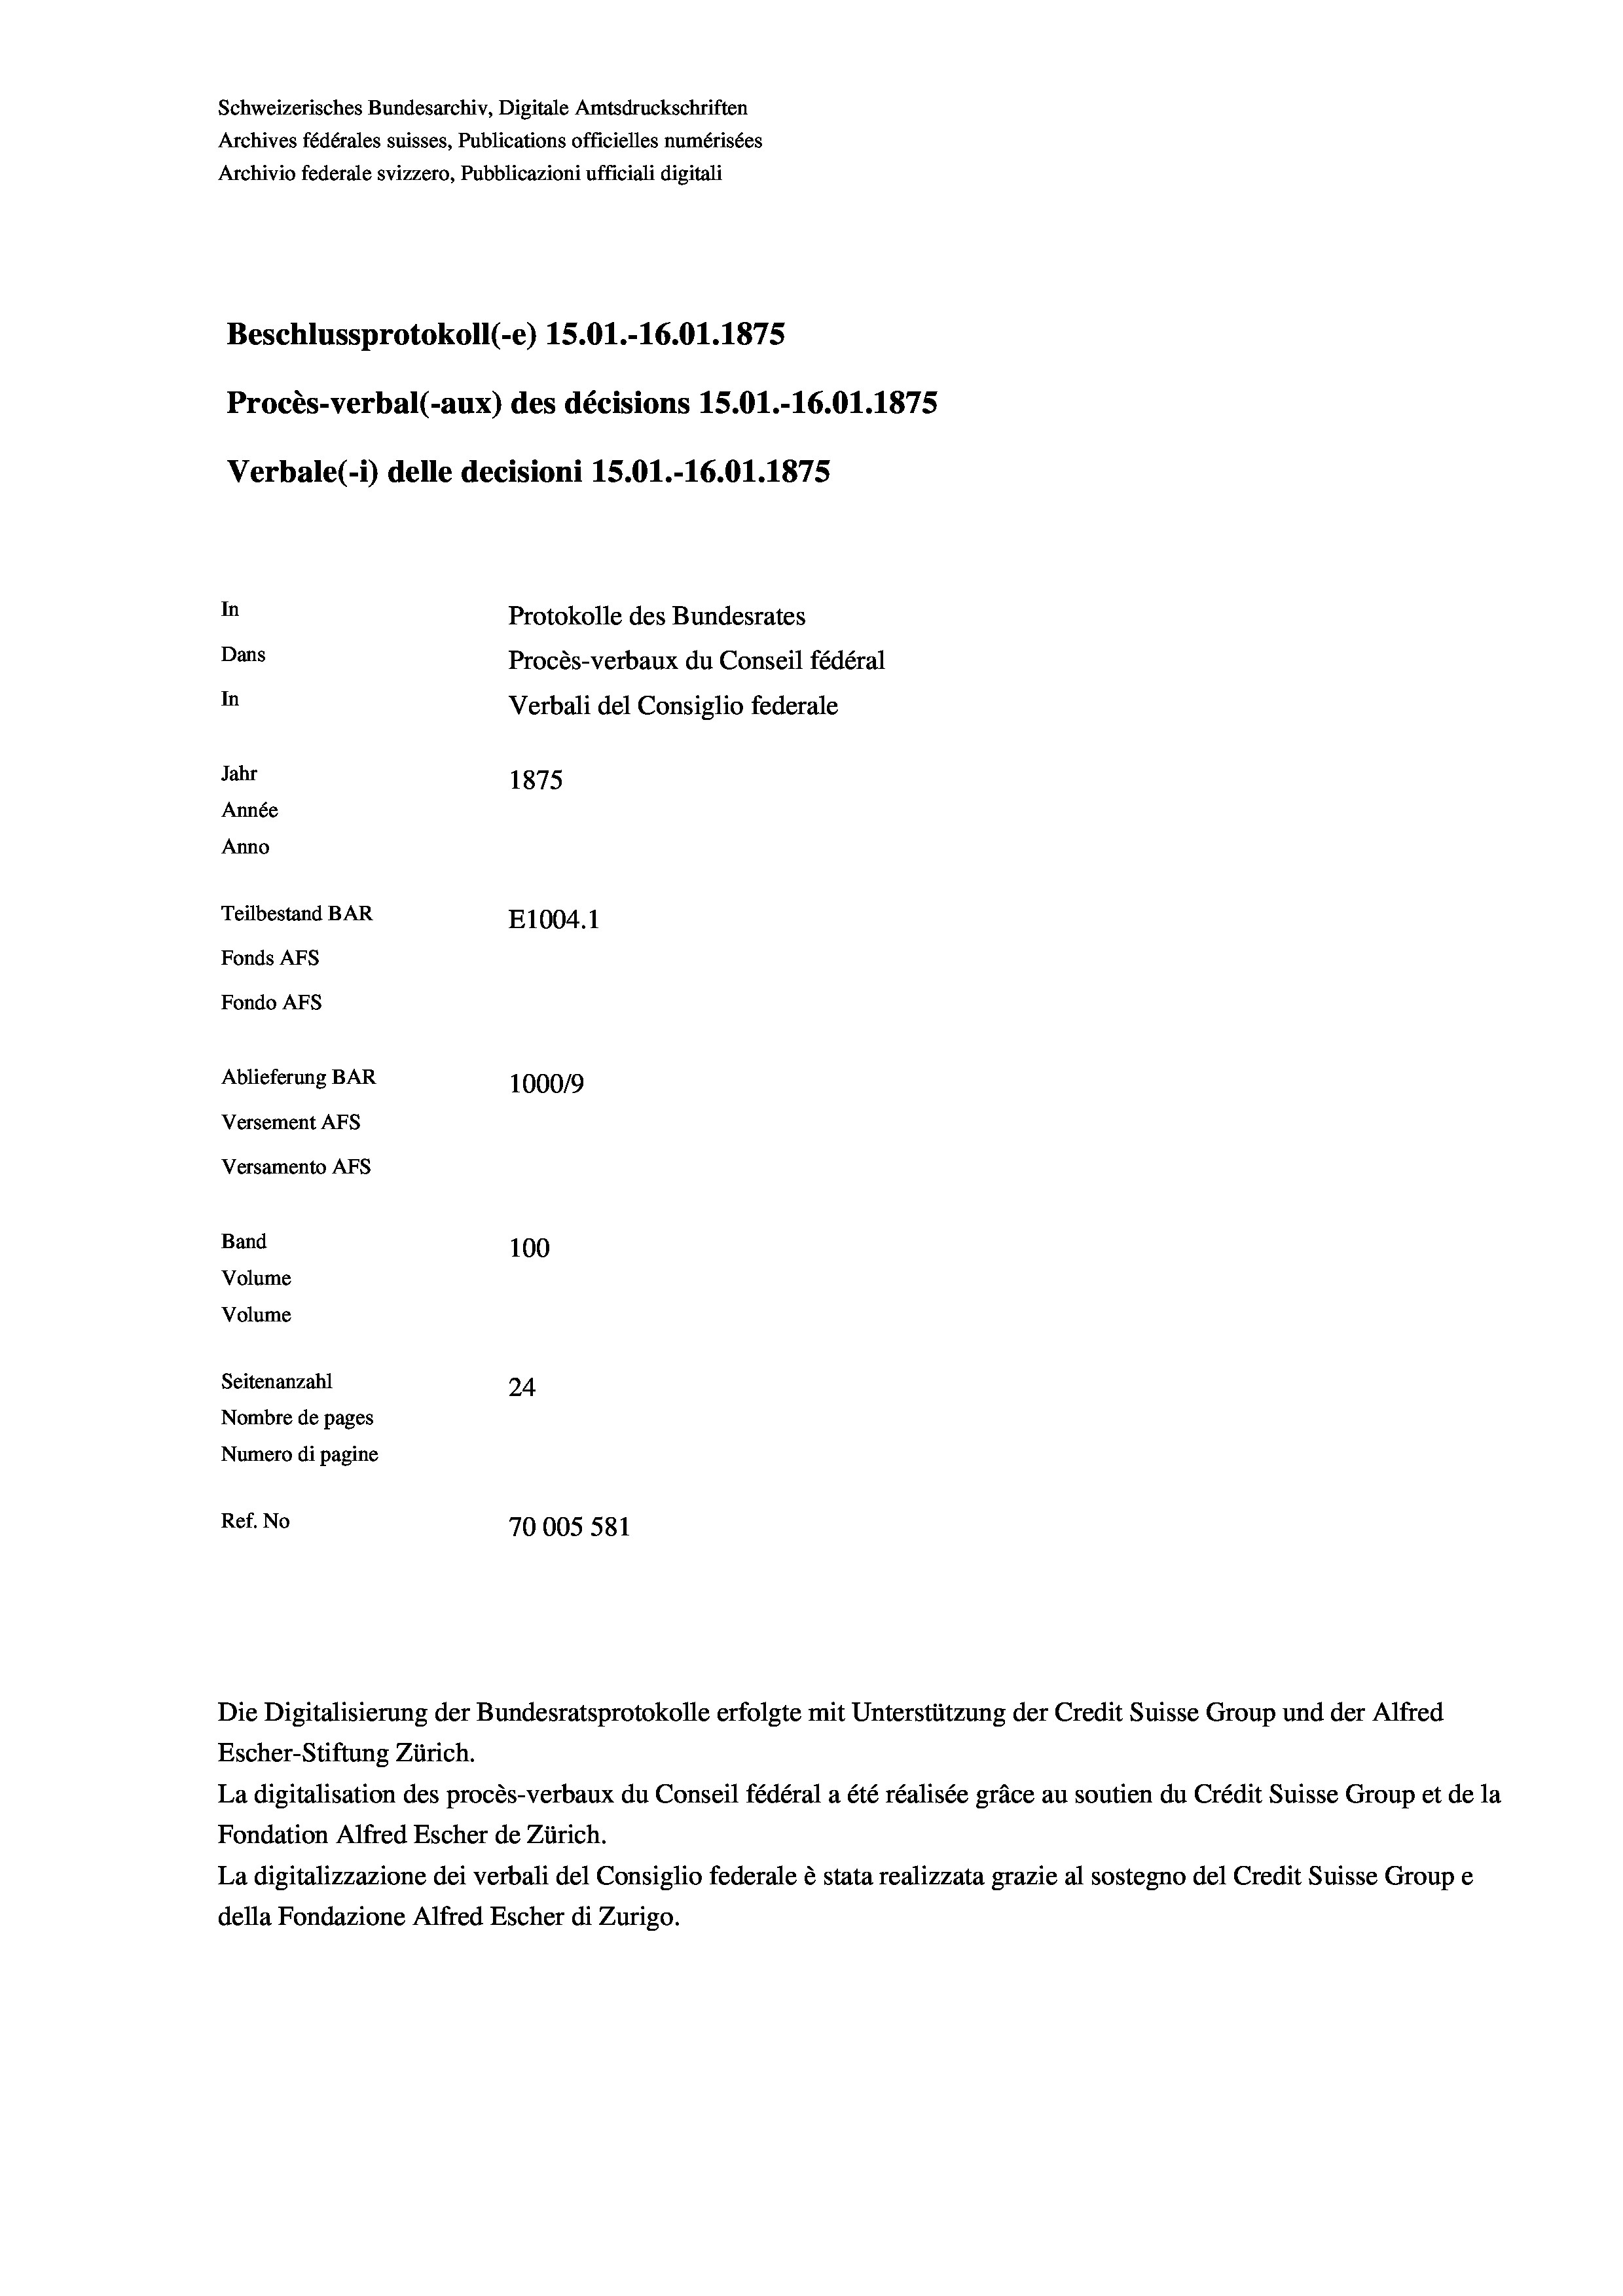
Versamento AFs
Band
Volume
Volume

100
Seitenanzahl
24
Nombre de pages
Numero di pagine
Ref. No
70005 581

Schweizerisches Bundesarchiv, Digitale Amtsdruckschriften
Archives fédérales suisses, Publications officielles numérisées
Archivio federale svizzero, Pubblicazioni ufficiali digitali
Beschlussprotokoll (-e) 15.01.-16.01.1875
Procès-verbal (-aux) des décisions 15.01.-16.01. 1875
In
Protokolle des Bundesrates
Dans
Procès-verbaux du Conseil fédéral
In
Verbali del Consiglio federale
Jahr
1875
Année
Anno
Teilbestand BAR
E1004. 1
Fonds AFs
Fondo AFS
Ablieferung BAR
100019
Versement AFs

Verbale(-*) delle decisioni 15.01.-16.01.1875

Die Digitalisierung der Bundesratsprotokolle erfolgte mit Unterstützung der Credit Suisse Group und der Alfred
Escher-Stiftung Zürich.
La digitalisation des procès-verbaux du Conseil fédéral a été réalisée gräce au soutien du Crédit Suisse Group et de la
Fondation Alfred Escher de Zürich.
La digitalizzazione dei verbali del Consiglio federale è stata realizzata grazie al sostegno del Credit Suisse Groupe
della Fondazione Alfred Escher di Zurigo.